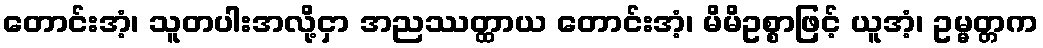
တောင်းအံ့၊ သူတပါးအလို့ငှာ အညဿတ္ထာယ တောင်းအံ့၊ မိမိဥစ္စာဖြင့် ယူအံ့၊ ဥမ္မတ္တက